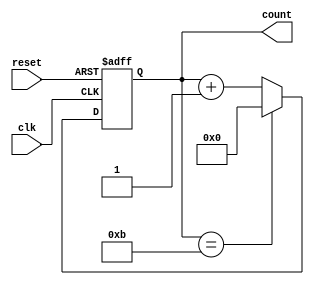
module modn_counter #(parameter N = 12,
                     parameter width = 4)
                     (input clk,
                     input reset,
                     output reg [width-1:0] count
                     );
                     
    always @(posedge clk or posedge reset) begin
        if(reset)
            count <= 0;
        else if(count == N - 1)
            count <= 0;
        else begin
            count <= count + 1;
        end
    end
    
endmodule